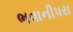
ભવાનીપરા